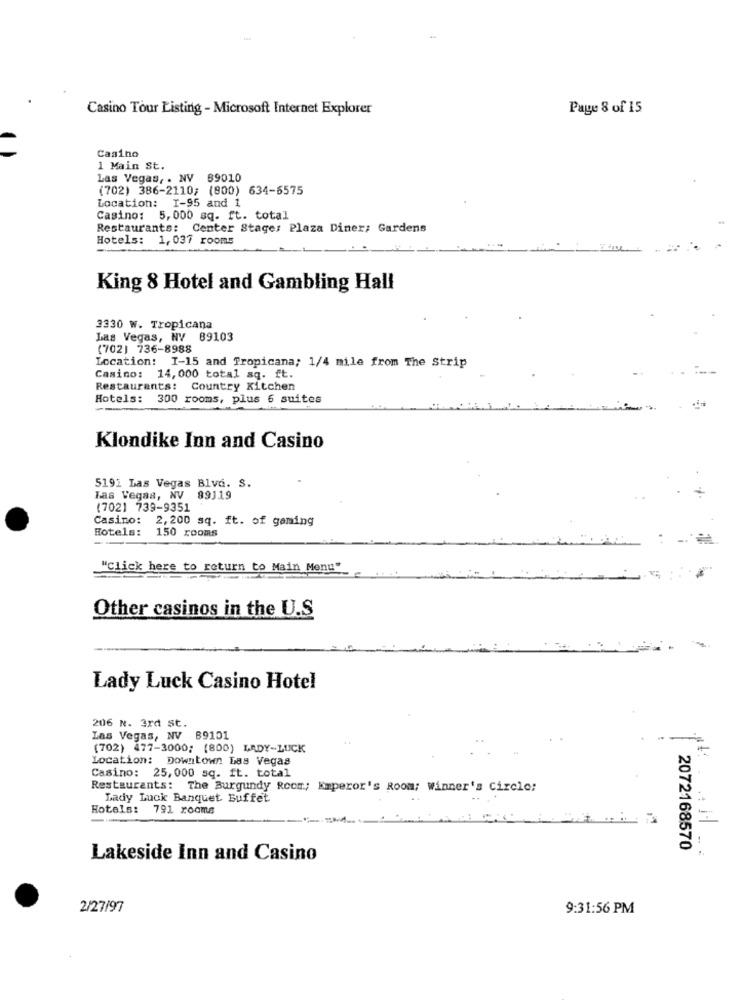
Casino Tour Listing - Microsoft Internet Explorer
Page 8 of 15
Casino
1 Main St.
Las Vegas, . NV 89010
(702) 386-2110; (800) 634-6575
Location: I-95 and 1
Casino: 5,000 sq. ft. total
Restaurants: Center Stage: Plaza Diner; Gardens
Hotels: 1,037 rooms
King 8 Hotel and Gambling Hall
3330 W. Tropicana
Las Vegas, NV 89103
(702) 736-8988
Location: 1-15 and Tropicana; 1/4 mile from The Strip
Casino: 14,000 total sq. ft.
Restaurants: Country Kitchen
Hotels:
300 rooms, plus 6 suites
Klondike Inn and Casino
5191 Las Vegas Blvd. S
Las Vegas, NV 89319
(702] 739-9351
Casino:
2,200 sq. ft. of gaming
Hotels:
150 rooms
"Click here to return to Main Menu"
Other casinos in the U.S
Lady Luck Casino Hotel
206 N. 3rd st.
Las Vegas, NV 89101
-.
(702) 477-3000; (800) LADY-LUCK
Location: Downtown Las Vegas
Casino: 25,000 sq. ft. total
Restaurants: The Burgundy Room; Emperor's Room; Winner's Circle:
Lady Luck Banquet Buffet
Hotels: 791 rooms
2072168570
Lakeside Inn and Casino
2/27/97
9:31:56 PM